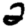
Digit: 2